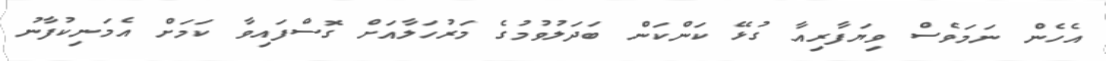
އެހެން ނަމަވެސް ވިޔަފާރިއާ ގުޅޭ ކަންކަން ބަދަލުވުމުގެ މަރުހަލާއަށް ގޮސްފައިވާ ކަމަށް އެމަނިކުފާނު